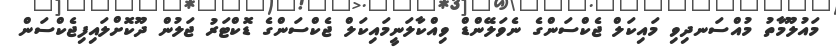
މައުލޫމާތު މުއްސަނދިވި މައިކަލް ޖެކްސަންގެ ނެވަލޭންޑް ވިއްކާލަނީމައިކަލް ޖެކްސަންގެ ޑޮކްޓަރު ޖަލުން ދޫކޮށްލައިފިޖެކްސަން